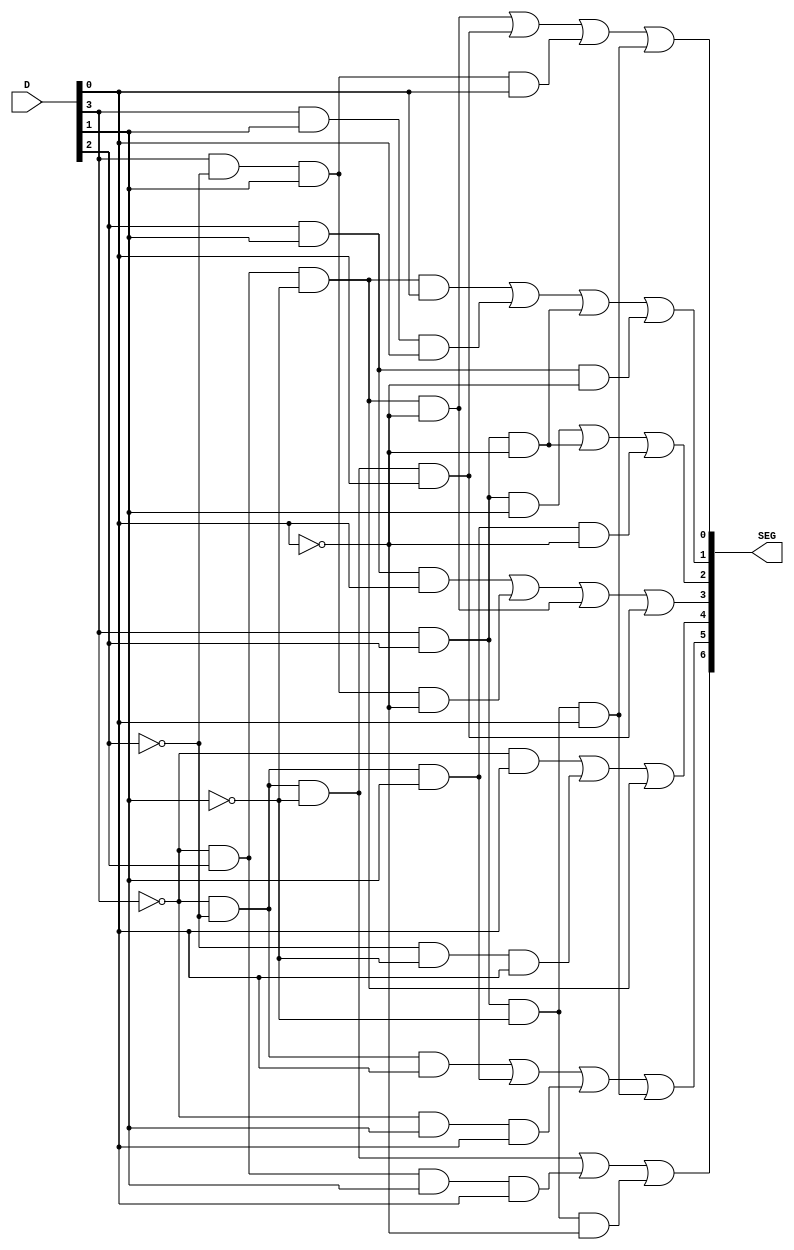
`timescale 1ns / 1ps
//////////////////////////////////////////////////////////////////////////////////
// Company: 
// Engineer: 
// 
// Design Name: 
// Module Name: MyMC14495
// Project Name: 
// Target Devices: 
// Tool Versions: 
// Description: 
// 
// Dependencies: 
// 
// Revision:
// Revision 0.01 - File Created
// Additional Comments:
// 
//////////////////////////////////////////////////////////////////////////////////


module _MyMC14495 (
    input [3:0] D,
    output [6:0] SEG
);

    assign SEG[0] = ~D[3] & D[2] & ~D[1] & ~D[0] | ~D[3] & ~D[2] & ~D[1] & D[0] | D[3] & ~D[2] & D[1] & D[0] | D[3] & D[2] & ~D[1] & D[0] ;
    assign SEG[1] = ~D[3] & D[2] & ~D[1] & D[0] | D[3] & D[1] & D[0] | D[3] & D[2] & ~D[0] | D[2] & D[1] & ~D[0];
    assign SEG[2] = D[3] & D[2] & D[1] | D[3] & D[2] & ~D[0]| ~D[3] & ~D[2] & D[1] & ~D[0];
    assign SEG[3] = D[2] & D[1] & D[0] | D[3] & ~D[2] & D[1] & ~D[0 ]| ~D[3] & D[2] & ~D[1] & ~D[0] | ~D[3] & ~D[2] & ~D[1] & D[0];
    assign SEG[4] = ~D[3] & D[0] | ~D[2] & ~D[1] & D[0] | ~D[3] & D[2] & ~D[1];
    assign SEG[5] = ~D[3] & ~D[2] & D[0] | ~D[3] & ~D[2] & D[1] | ~D[3] & D[1] & D[0] | D[3] & D[2] & ~D[1] & D[0];
    assign SEG[6] = ~D[3] & ~D[2] & ~D[1] | ~D[3] & D[2] & D[1] & D[0] | D[3] & D[2] & ~D[1] & ~D[0];

endmodule